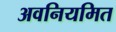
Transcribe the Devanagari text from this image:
अवनियमित